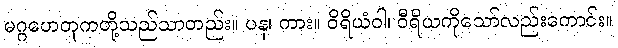
မဂ္ဂဟေတုကတို့သည်သာတည်း။ ပန၊ ကား။ ဝိရိယံဝါ၊ ဝီရိယကိုသော်လည်းကောင်း။